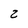
Character: 2